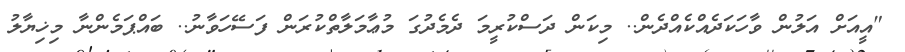
"އީއަށް އަލުން ވާހަކަދެއްކެއްދެން.. މިކަން ދަސްކުރީމަ ދެމެދުގަ މުޢާމަލާތްކުރަން ފަސޭހަވާނު.. ބައްޕަމެންނާ މިޚިޔާލު